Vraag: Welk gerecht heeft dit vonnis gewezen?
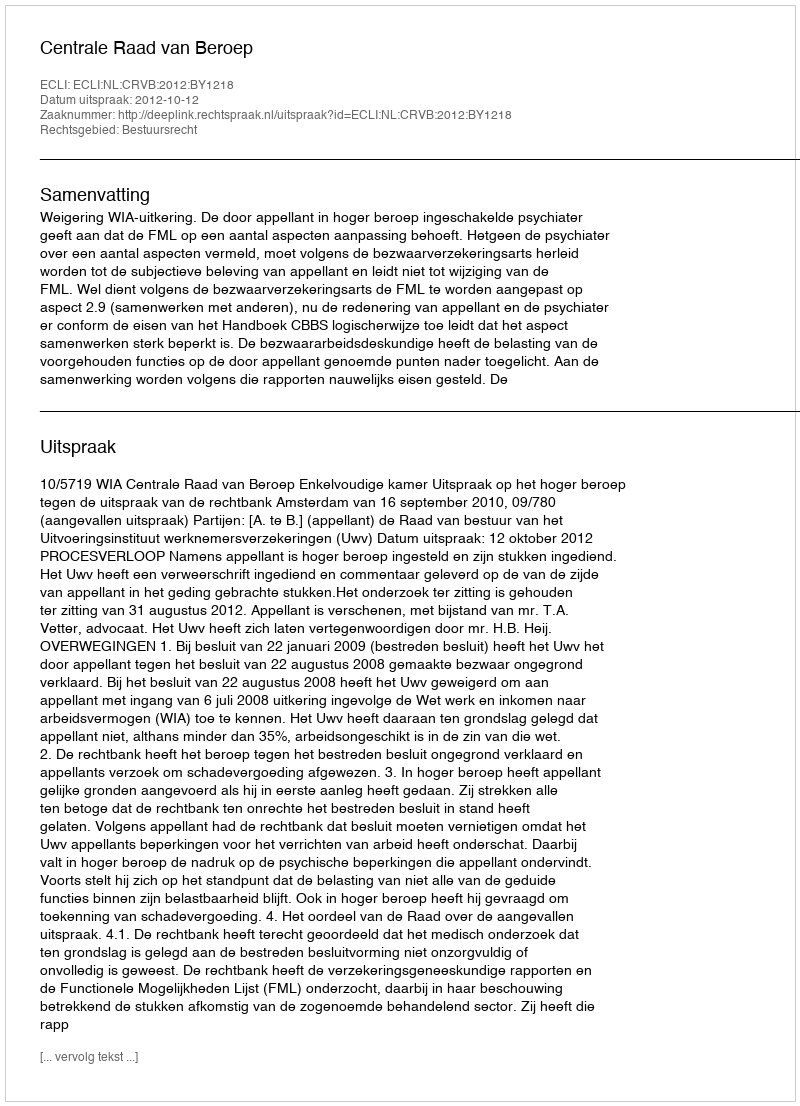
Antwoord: Centrale Raad van Beroep